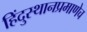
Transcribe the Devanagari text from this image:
हिंदुस्थानप्रमाणेच